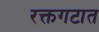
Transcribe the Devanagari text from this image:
रक्तगटात